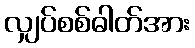
လျှပ်စစ်ဓါတ်အား